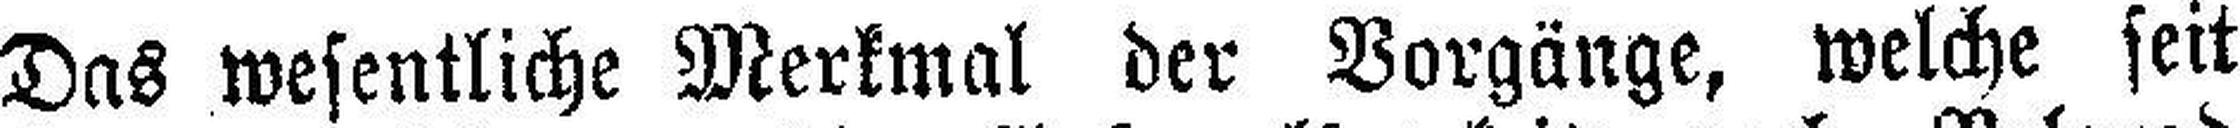
Das wesentliche Merkmal der Vorgänge, welche seit